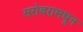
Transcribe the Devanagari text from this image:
सरोवरामधून